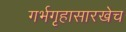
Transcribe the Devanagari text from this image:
गर्भगृहासारखेच